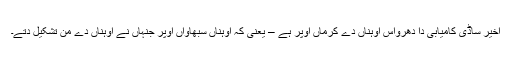
اخیر ساڈی کامیابی دا دھرواس اوہناں دے کرماں اوپر ہے – یعنی کہ اوہناں سبھاواں اوپر جنہاں نے اوہناں دے من تشکیل دتے۔